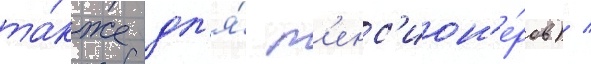
та́кже дл'я́ п'енс'ион'е́ров) /